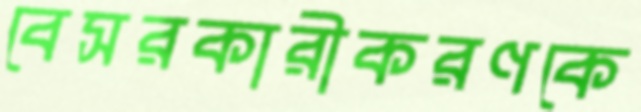
বেসরকারীকরণকে